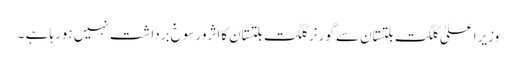
وزیراعلیٰ گلگت بلتستان سے گورنر گلگت بلتستان کااثرورسوخ برداشت نہیں ہورہا ہے ۔